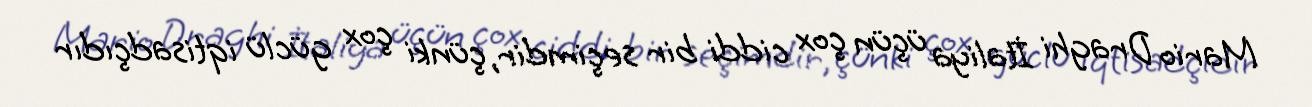
Mario Draghi İtaliya üçün çox ciddi bir seçimdir, çünki çox güclü iqtisadçıdır